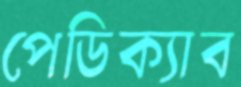
পেডিক্যাব